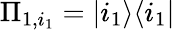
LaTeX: \Pi_{1,i_{1}}=|i_{1}\rangle\langle i_{1}|